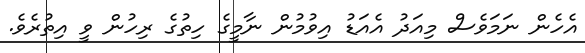
އެހެން ނަމަވެސް މިއަދު އެއަޑު އިވުމުން ނާމީގެ ހިތުގެ ރިހުން ވީ އިތުރެވެ.